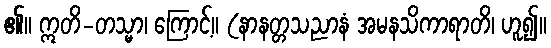
၏။ ဣတိ-တသ္မာ၊ ကြောင့်။ (နာနတ္တသညာနံ အမနသိကာရာတိ၊ ဟူ၍။